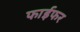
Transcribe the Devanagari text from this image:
फाईफर